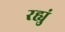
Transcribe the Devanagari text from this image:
रह्युं